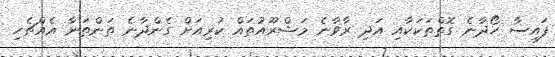
ފައިސާ ހޯދާނެ ގޮތްތަކަކާއި އަދި ރާވާނެ މަޝްރޫއުތައް ކުރިއަށް ގެންދާނެ ތަންތަނާ އެއްޗެހި